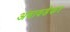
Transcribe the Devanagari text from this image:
अंबावडेकर